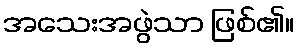
အသေးအဖွဲသာ ဖြစ်၏။